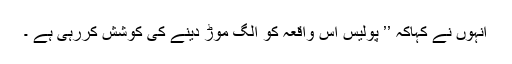
انہوں نے کہاکہ ’’ پولیس اس واقعہ کو الگ موڑ دینے کی کوشش کررہی ہے ۔